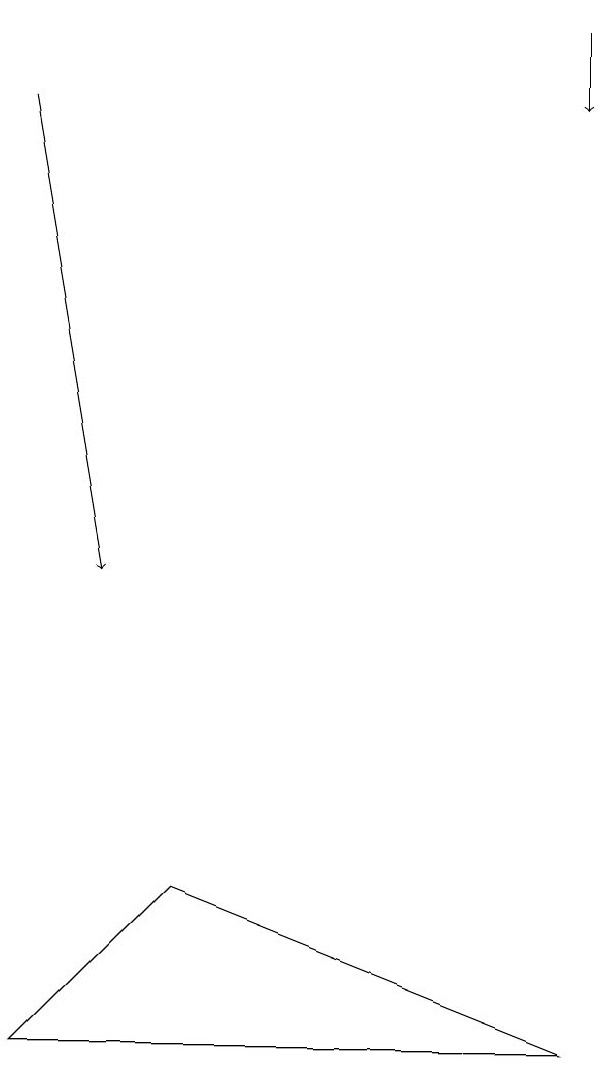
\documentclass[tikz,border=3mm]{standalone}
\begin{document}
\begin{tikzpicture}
\draw[->] (7,17) -- (7,16);
\draw (0,4) -- (2,6) -- (7,4) -- cycle;
\draw[->] (0,16) -- (1,10);
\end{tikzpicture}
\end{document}